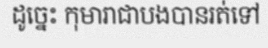
ដូច្នេះ កុមារាជាបងបានរត់ទៅ